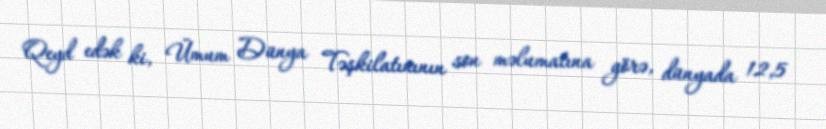
Qeyd edək ki, Ümum Dünya Təşkilatınının son məlumatına görə, dünyada 12,5